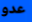
عدو